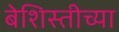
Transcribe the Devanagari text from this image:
बेशिस्तीच्या